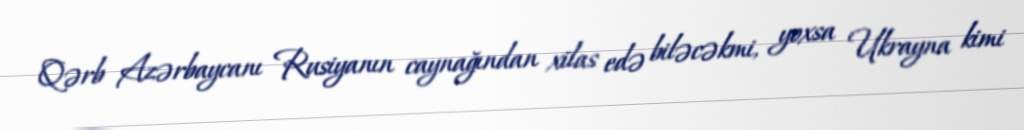
Qərb Azərbaycanı Rusiyanın caynağından xilas edə biləcəkmi, yoxsa Ukrayna kimi